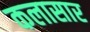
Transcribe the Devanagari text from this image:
कलासार